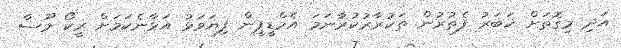
އަދި މިގޮތަށް ޚަބަރު ފެތުރުން ތަކުރާރުކުރާނަމަ އެމްޑީޕީން ފިޔަވަޅު އަޅާނެކަމަށް ރީކޯ މޫސާ